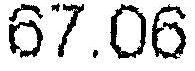
67.06